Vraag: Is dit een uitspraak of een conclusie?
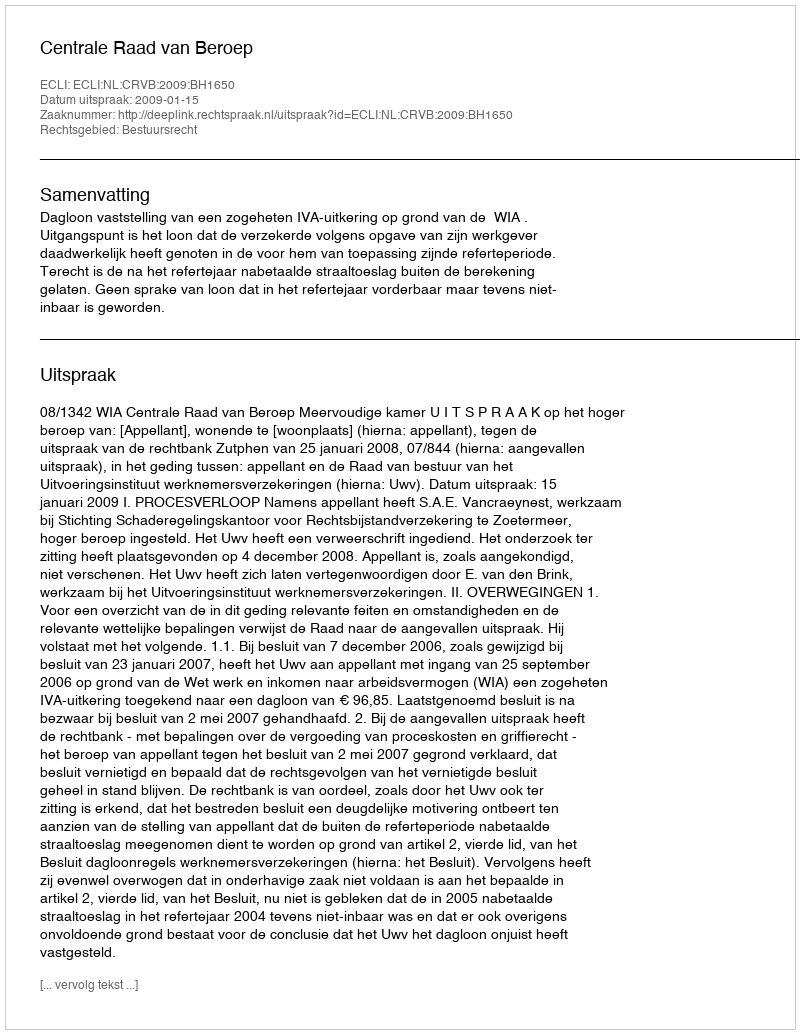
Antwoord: Uitspraak